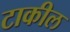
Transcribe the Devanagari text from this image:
टाकील